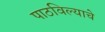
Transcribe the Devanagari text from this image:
पाठविल्याचे